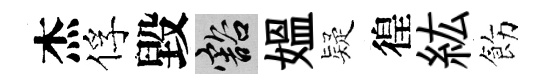
杰俘毀豁媪疑徨紘飭